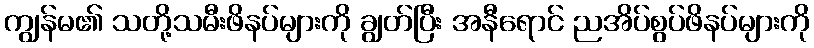
ကျွန်မ၏ သတို့သမီးဖိနပ်များကို ချွတ်ပြီး အနီရောင် ညအိပ်စွပ်ဖိနပ်များကို